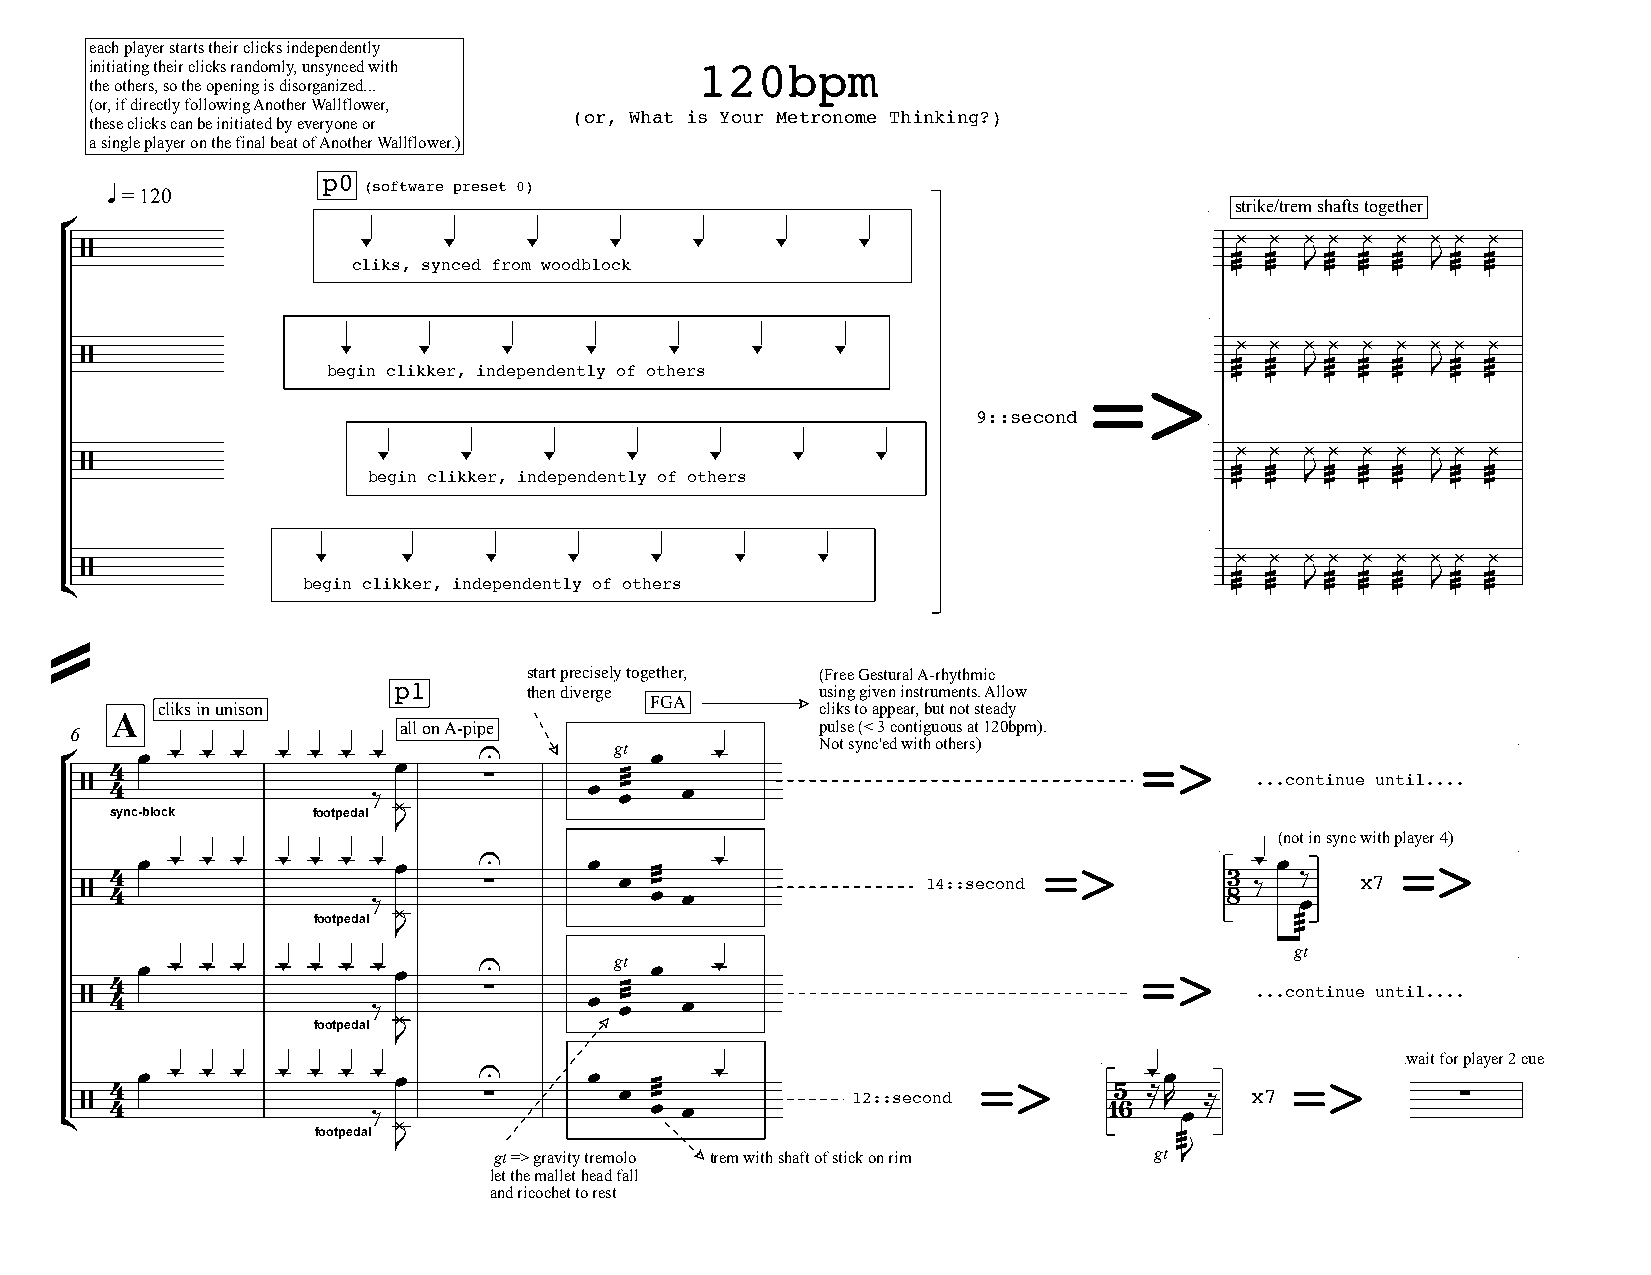
each player starts their clicks independently
 initiating their clicks randomly, unsynced with 120bpm
 the others, so the opening is disorganized...
 (or, if directly following Another Wallflower,
 (or, What is Your Metronome Thinking?)
 these clicks can be initiated by everyone or
 a single player on the final beat of Another Wallflower.)
 p0
 (software preset 0)
 q = 120
 strike/trem shafts together
 -
 °                                                                             ¿ ¿ ¿ ¿ ¿ ¿  ¿ ¿ ¿
 /                 c- liks, syn- ced from- woodblo- ck - - -                 æ  æ J æ æ æ  J æ æ
 æ  æ   æ æ æ   æ æ
 æ  æ   æ æ æ   æ æ
 -
 ¿ ¿ ¿ ¿ ¿ ¿  ¿ ¿ ¿
 /                be- gin clik- ker, ind- ependent- ly of oth- ers - -       æ  æ J æ æ æ  J æ æ
 =>       ææ ææ  ææ ææ ææ ææ ææ
 9::second
 -
 ¿ ¿ ¿ ¿ ¿ ¿  ¿ ¿ ¿
 /                  b- egin clik- ker, ind- ependent- ly of oth- ers - -     æ  æ J æ æ æ  J æ æ
 æ  æ   æ æ æ   æ æ
 æ  æ   æ æ æ   æ æ
 -
 ¿ ¿ ¿ ¿ ¿ ¿  ¿ ¿ ¿
 -     -    -     -    -     -    -
 /              begin clikker, independently of others                       æ  æ J æ æ æ  J æ æ
 ¢                                                                            ææ ææ  ææ ææ ææ ææ ææ
 =                               start precisely together, (Free Gestural A-rhythmic
 p1       then diverge       using given instruments. Allow
 FGA
 cliks in unison                             cliks to appear, but not steady
 A
 6                    all on A-pipe               pulse (< 3 contiguous at 120bpm).
 °  4 œ - - -  - -  - - œ    U        gt œ  -      Not sync'ed with others) =>                   -
 ∑        æ                                         ...continue until....
 / 4                 ‰             œ œæ æ œ
 ¿
 sync-block    footpedal
 J
 (not in sync with player 4)
 œ - - -  - -  - - œ    U      œ       -                     =>          - - œ       =>     -
 / 4 4               ‰      ∑        œ œæ æ æ œ          14::second          3 8 ‰ ‰ œ x7
 ¿
 footpedal J                                                      ææ
 æ
 gt
 œ - - -  - -  - - œ    U        gt œ  -                           =>                       -
 4
 ∑        æ                                         ...continue until....
 / 4                 ‰             œ œæ æ œ
 ¿
 footpedal
 J
 wait for player 2 cue
 œ - - -  - -  - - œ    U      œ       -                 =>      -  -œ       =>      -
 / 4 4               ‰      ∑        œ œæ æ æ œ     12::second       15 6 ≈ R œ ≈ x7         ∑
 ¢                     ¿
 footpedal
 J                                                   æ
 gt => gravity tremolo trem with shaft of stick on rim gt ææJ
 let the mallet head fall
 and ricochet to rest